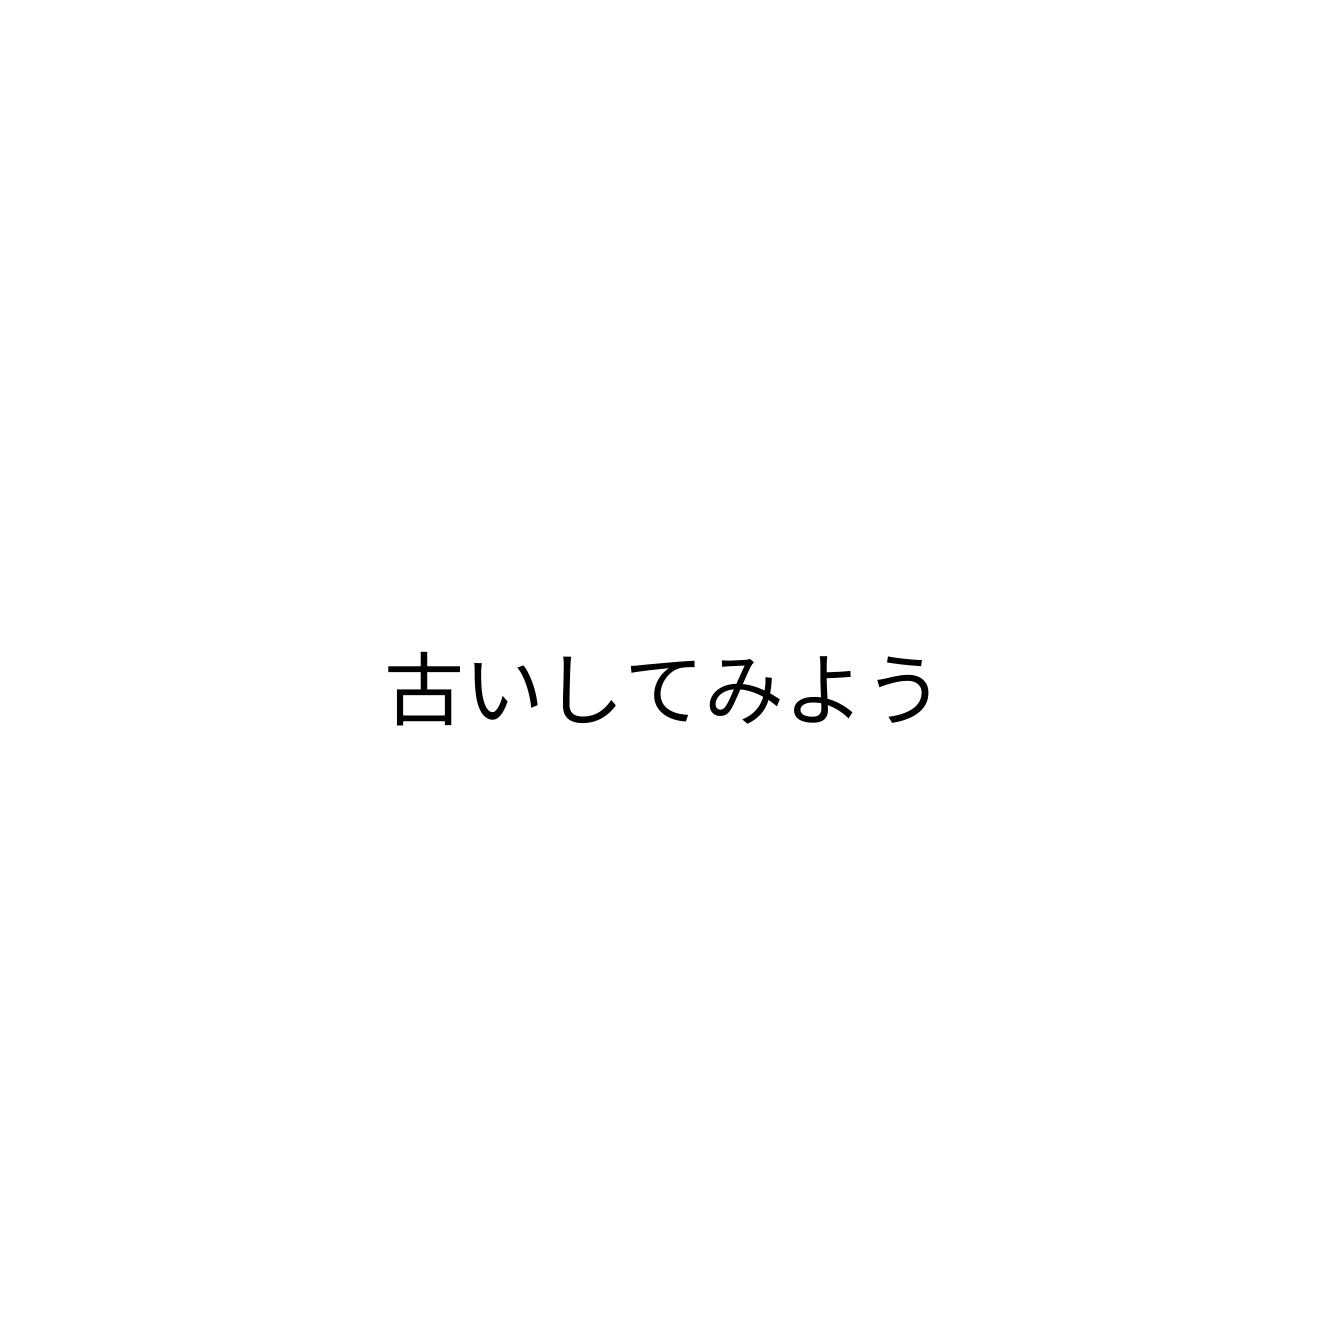
古いしてみよう